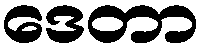
ဒေတာ